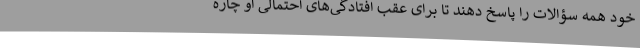
خود همه سؤالات را پاسخ دهند تا برای عقب افتادگی‌های احتمالی او چاره